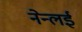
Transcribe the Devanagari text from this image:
नेन्लई